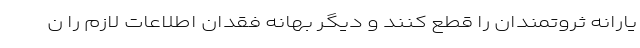
یارانه ثروتمندان را قطع کنند و دیگر بهانه فقدان اطلاعات لازم را ن